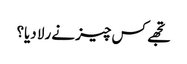
تجھے کس چیز نے رلا دیا؟